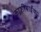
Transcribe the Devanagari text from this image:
काशीबाईंचा